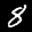
Label: 8